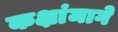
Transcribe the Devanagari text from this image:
कक्षांमागे